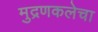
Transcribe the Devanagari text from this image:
मुद्रणकलेचा